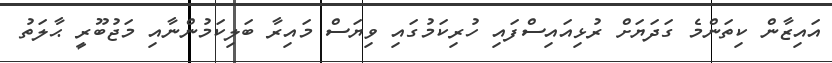
އައިޒާން ކިތަންމެ ގަދަޔަށް ރުޅިއައިސްފައި ހުރިކަމުގައި ވިޔަސް މައިރާ ބަލިކަމުންނާއި މަޖުބޫރީ ޙާލަތު